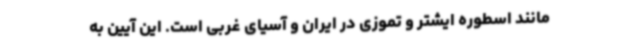
مانند اسطوره ایشتر و تموزی در ایران و آسیای غربی است. این آیین به